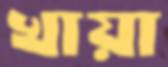
খায়া